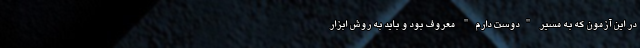
در این آزمون که به مسیر "دوست دارم" معروف بود و باید به روش ابزار